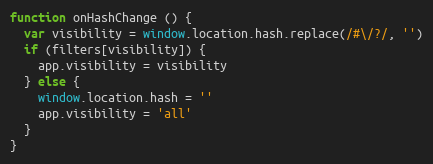
Language: JavaScript
function onHashChange () {
  var visibility = window.location.hash.replace(/#\/?/, '')
  if (filters[visibility]) {
    app.visibility = visibility
  } else {
    window.location.hash = ''
    app.visibility = 'all'
  }
}